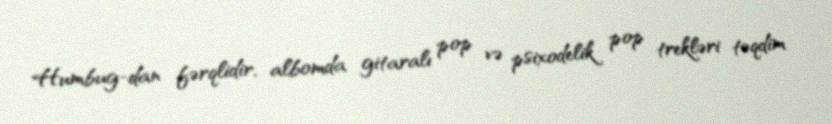
Humbug-dan fərqlidir, albomda gitaralı pop və psixodelik pop trekləri təqdim